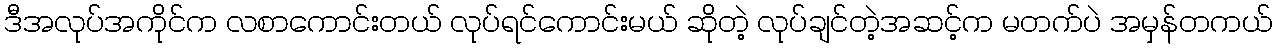
ဒီအလုပ်အကိုင်က လစာကောင်းတယ် လုပ်ရင်ကောင်းမယ် ဆိုတဲ့ လုပ်ချင်တဲ့အဆင့်က မတက်ပဲ အမှန်တကယ်